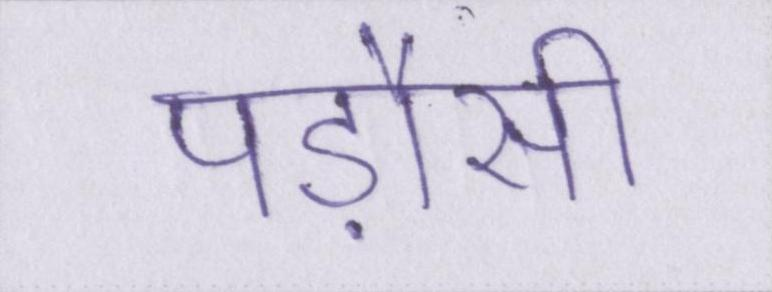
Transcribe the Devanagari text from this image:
पड़ौसी